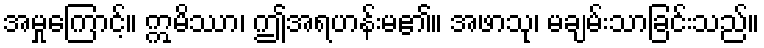
အမှုကြောင့်။ ဣမိဿာ၊ ဤအရဟန်းမ၏။ အဖာသု၊ မချမ်းသာခြင်းသည်။